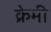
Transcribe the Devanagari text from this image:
क्रेमी